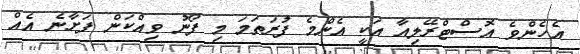
އެހެންވެ އޮސްޓްރޭލިއާ އަކީ އެންމެ ފުރަތަމަ މި ފޯނު ވިއްކަން ފަށާނެ އެއް